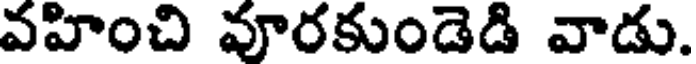
వహించి వూరకుండెడి వాడు.